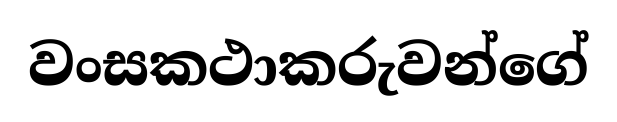
වංසකථාකරුවන්ගේ